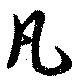
凡